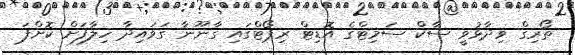
ތޯރިގް ވިދާޅުވީ ސާކް ސަމިޓްގެ އޮޑިޓް ރިޕޯޓްގައި ގާނޫނާ ގަވައިދާ ހިލާފަށް ކޮށްފަ